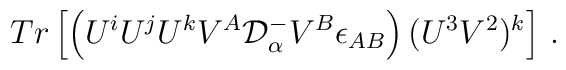
Tr\left[\left(U^iU^jU^kV^A{\cal D}^-_\alpha V^B\epsilon_{AB}\right)(U^3V^2)^k\right]\,.